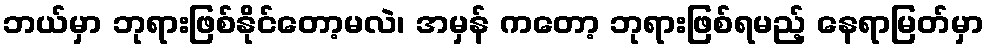
ဘယ်မှာ ဘုရားဖြစ်နိုင်တော့မလဲ၊ အမှန် ကတော့ ဘုရားဖြစ်ရမည့် နေရာမြတ်မှာ